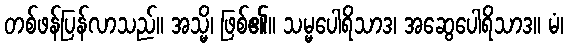
တစ်ဖန်ပြန်လာသည်။ အသ္မိ၊ ဖြစ်၏။ သမ္မပေါရိသာဒ၊ အဆွေပေါရိသာဒ။ မံ၊